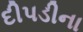
દીપડીના